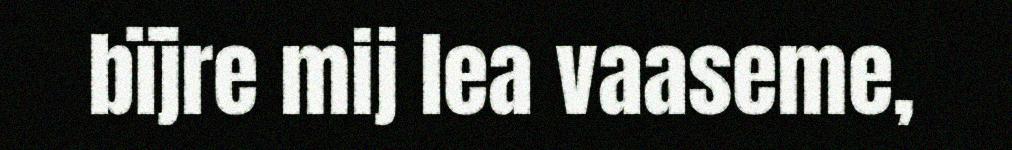
bïjre mij lea vaaseme,